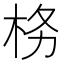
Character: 𭩨